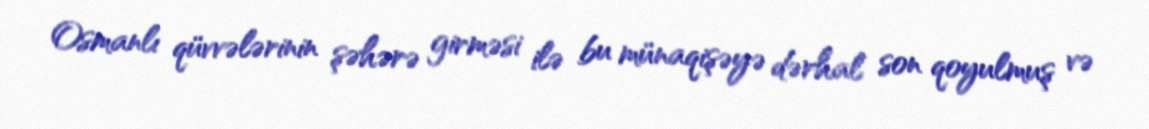
Osmanlı qüvvələrinin şəhərə girməsi ilə bu münaqişəyə dərhal son qoyulmuş və